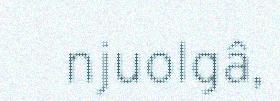
njuolgâ,